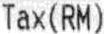
TAX(RM)